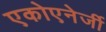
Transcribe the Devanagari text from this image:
एकोएनेर्जी